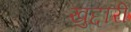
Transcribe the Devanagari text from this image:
खुद्दारी